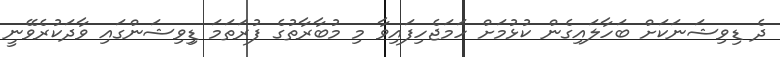
ދެ ޑިވިޝަނަކަށް ބަހާލައިގެން ކުޅުމަށް ހަމަޖެހިފައިވާ މި މުބާރާތުގެ ފުރަތަމަ ޑިިވިޝަންގައި ވާދަކުރެވޭނީ